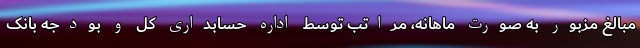
مبالغ مزبور به صورت ماهانه، مراتب توسط اداره حسابداری کل و بودجه بانک